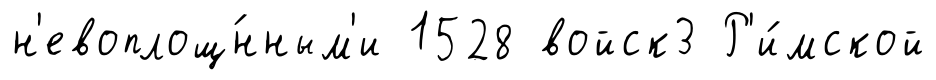
н'евоплощ́нным'и 1528 войск3 Р'и́мской